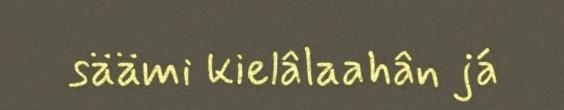
säämi kielâlaahân já